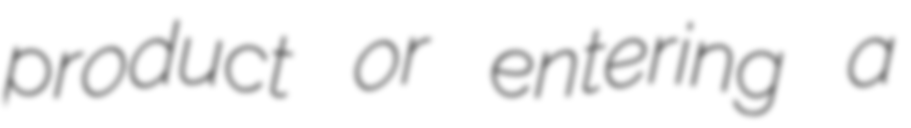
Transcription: product or entering a